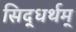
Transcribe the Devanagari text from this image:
सिद्धर्थम्